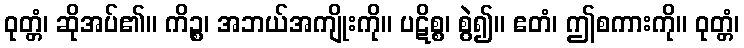
ဝုတ္တံ၊ ဆိုအပ်၏။ ကိဉ္စ၊ အဘယ်အကျိုးကို။ ပဋိစ္စ၊ စွဲ၍။ ဧတံ၊ ဤစကားကို။ ဝုတ္တံ၊